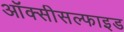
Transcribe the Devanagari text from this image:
ऑक्सीसल्फाइड